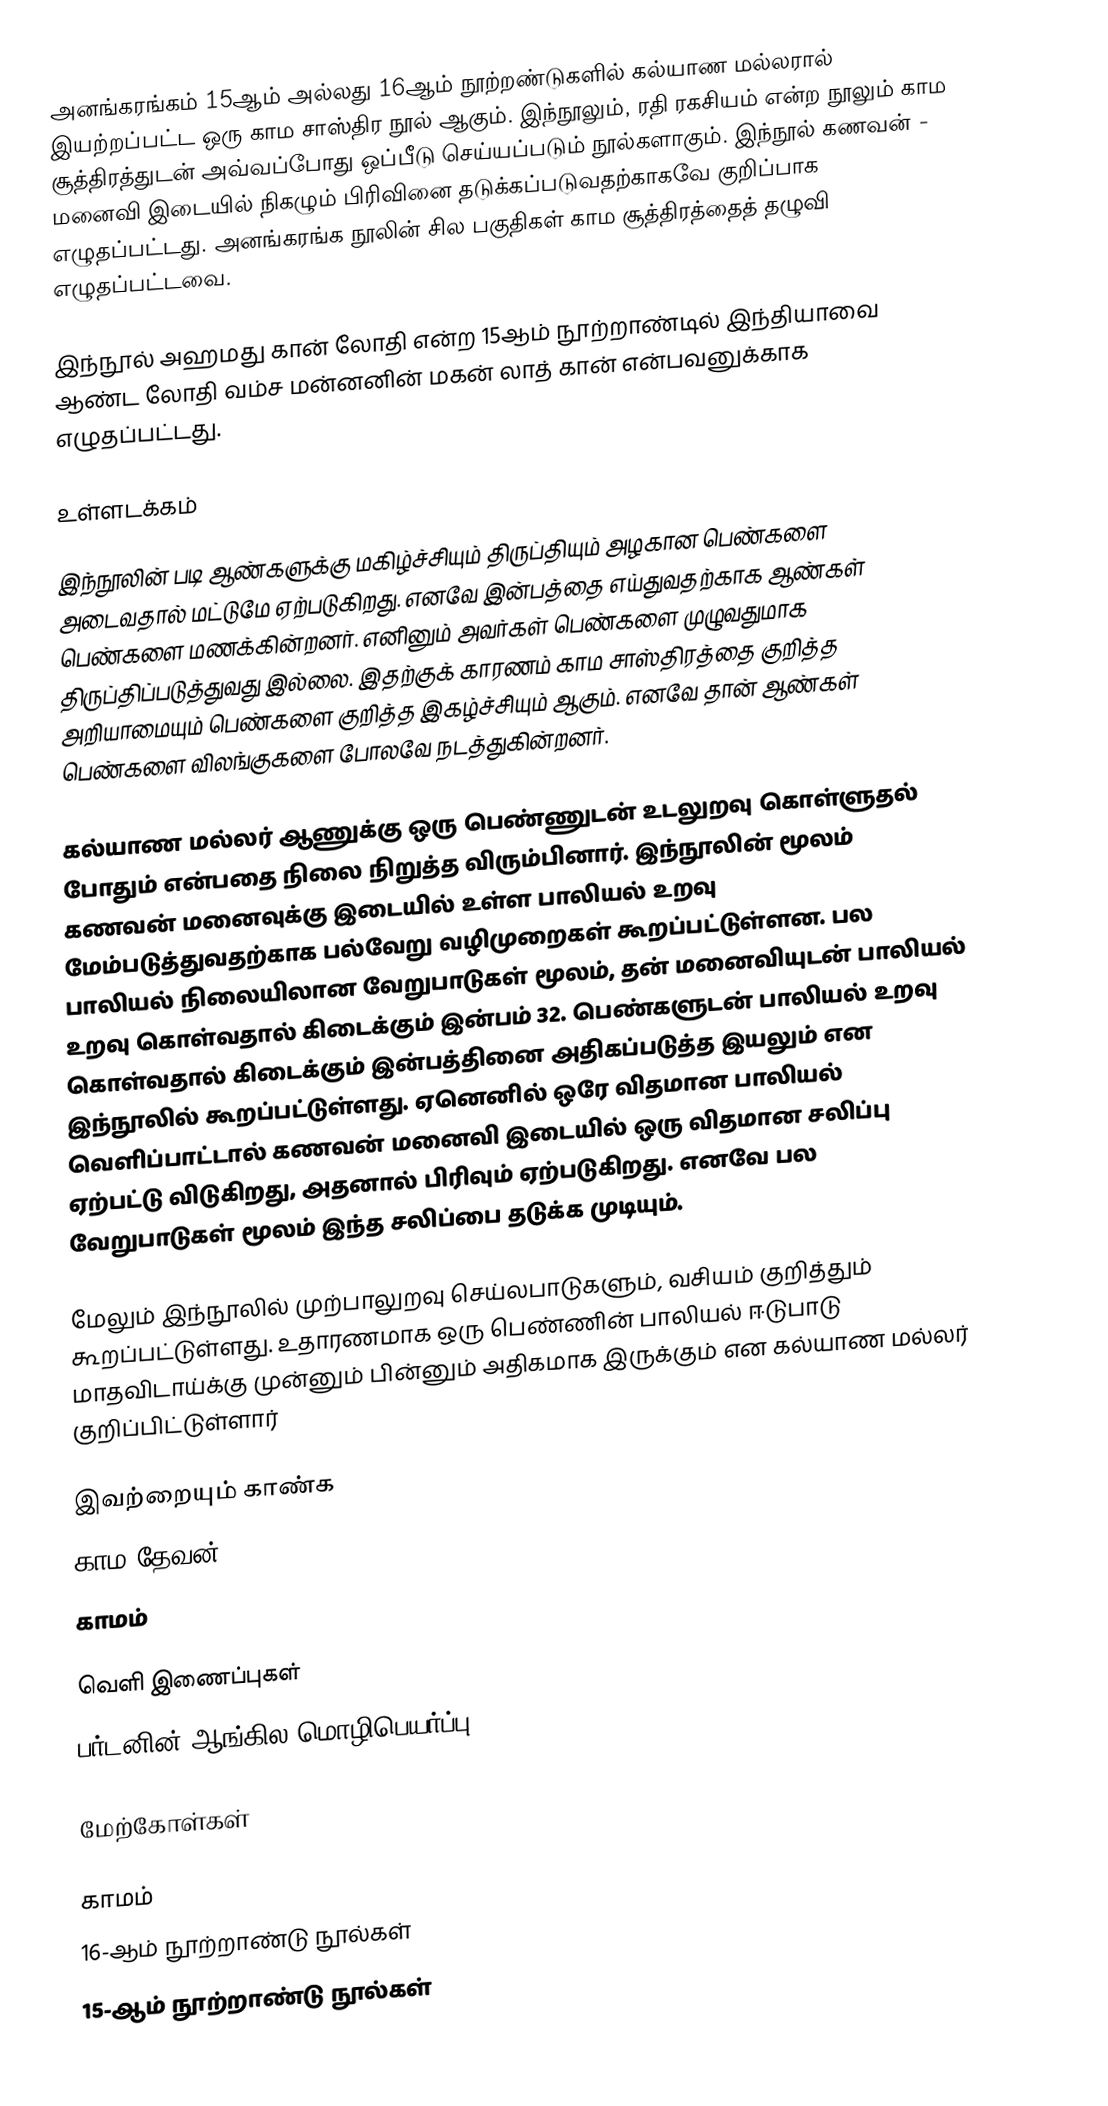
அனங்கரங்கம் 15ஆம் அல்லது 16ஆம் நூற்றண்டுகளில் கல்யாண மல்லரால் இயற்றப்பட்ட ஒரு காம சாஸ்திர நூல் ஆகும். இந்நூலும், ரதி ரகசியம் என்ற நூலும் காம சூத்திரத்துடன் அவ்வப்போது ஒப்பீடு செய்யப்படும் நூல்களாகும். இந்நூல் கணவன் - மனைவி இடையில் நிகழும் பிரிவினை தடுக்கப்படுவதற்காகவே குறிப்பாக எழுதப்பட்டது. அனங்கரங்க நூலின் சில பகுதிகள் காம சூத்திரத்தைத் தழுவி எழுதப்பட்டவை.

இந்நூல் அஹமது கான் லோதி என்ற 15ஆம் நூற்றாண்டில் இந்தியாவை ஆண்ட லோதி வம்ச மன்னனின் மகன் லாத் கான் என்பவனுக்காக எழுதப்பட்டது.

உள்ளடக்கம்

இந்நூலின் படி ஆண்களுக்கு மகிழ்ச்சியும் திருப்தியும் அழகான பெண்களை அடைவதால் மட்டுமே ஏற்படுகிறது. எனவே இன்பத்தை எய்துவதற்காக ஆண்கள் பெண்களை மணக்கின்றனர். எனினும் அவர்கள் பெண்களை முழுவதுமாக திருப்திப்படுத்துவது இல்லை. இதற்குக் காரணம் காம சாஸ்திரத்தை குறித்த அறியாமையும் பெண்களை குறித்த இகழ்ச்சியும் ஆகும். எனவே தான் ஆண்கள் பெண்களை விலங்குகளை போலவே நடத்துகின்றனர்.

கல்யாண மல்லர் ஆணுக்கு ஒரு பெண்ணுடன் உடலுறவு கொள்ளுதல் போதும் என்பதை நிலை நிறுத்த விரும்பினார். இந்நூலின் மூலம் கணவன் மனைவுக்கு இடையில் உள்ள பாலியல் உறவு மேம்படுத்துவதற்காக பல்வேறு வழிமுறைகள் கூறப்பட்டுள்ளன. பல பாலியல் நிலையிலான வேறுபாடுகள் மூலம், தன் மனைவியுடன் பாலியல் உறவு கொள்வதால் கிடைக்கும் இன்பம் 32. பெண்களுடன் பாலியல் உறவு கொள்வதால் கிடைக்கும் இன்பத்தினை அதிகப்படுத்த இயலும் என இந்நூலில் கூறப்பட்டுள்ளது. ஏனெனில் ஒரே விதமான பாலியல் வெளிப்பாட்டால் கணவன் மனைவி இடையில் ஒரு விதமான சலிப்பு ஏற்பட்டு விடுகிறது, அதனால் பிரிவும் ஏற்படுகிறது. எனவே பல வேறுபாடுகள் மூலம் இந்த சலிப்பை தடுக்க முடியும்.

மேலும் இந்நூலில் முற்பாலுறவு செய்லபாடுகளும், வசியம் குறித்தும் கூறப்பட்டுள்ளது. உதாரணமாக ஒரு பெண்ணின் பாலியல் ஈடுபாடு மாதவிடாய்க்கு முன்னும் பின்னும் அதிகமாக இருக்கும் என கல்யாண மல்லர் குறிப்பிட்டுள்ளார்

இவற்றையும் காண்க
 காம தேவன்
 காமம்

வெளி இணைப்புகள்
 பர்டனின் ஆங்கில மொழிபெயர்ப்பு

மேற்கோள்கள்

காமம்
16-ஆம் நூற்றாண்டு நூல்கள்
15-ஆம் நூற்றாண்டு நூல்கள்